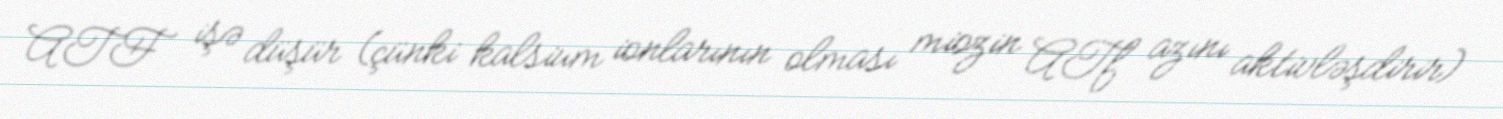
ATF işə düşür (çünki kalsium ionlarının olması miozin ATf azını aktivləşdirir)